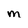
Character: M